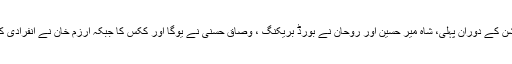
اس موقعے پر کراٹے ڈیمانسٹریشن کے دوران پہلی، شاہ میر حسین اور روحان نے بورڈ بریکنگ ، وصاق حسنی نے یوگا اور ککس کا جبکہ ارزم خان نے انفرادی کاتا کا خوبصورت ڈیمو پیش کیا ۔